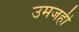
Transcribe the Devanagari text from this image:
उमजही